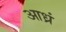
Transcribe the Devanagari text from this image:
आध्रं